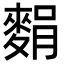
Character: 𪌭